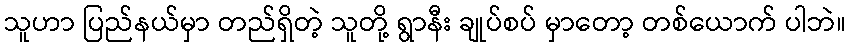
သူဟာ ပြည်နယ်မှာ တည်ရှိတဲ့ သူတို့ ရွာနီး ချုပ်စပ် မှာတော့ တစ်ယောက် ပါဘဲ။